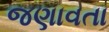
જણાવતા